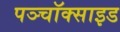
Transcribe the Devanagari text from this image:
पञ्चॉक्साइड